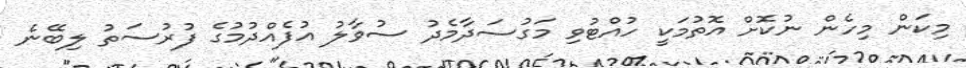
މިކަން މިހެން ނުކޮށް އޮތުމަކީ ހުއްޓުވި މަގުސަދާމެދު ސުވާލު އުފެއްދުމުގެ ފުރުސަތު ލިބޭނެ